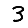
Digit: 3